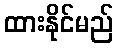
ထားနိုင်မည်